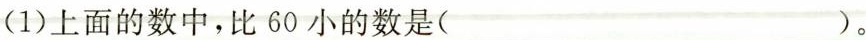
(1)上面的数中，比60小的数是( )。